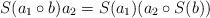
LaTeX: \begin{align*}S(a_1\circ b)a_2=S(a_1)(a_2\circ S(b))\end{align*}